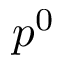
p ^ { 0 }